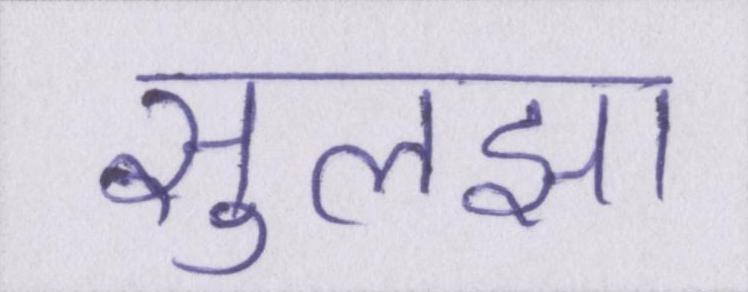
सुलझा